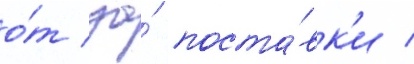
о́т за́ поста́вк'и /